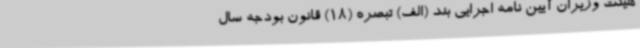
هیئت وزیران آیین نامه اجرایی بند (الف) تبصره (18) قانون بودجه سال